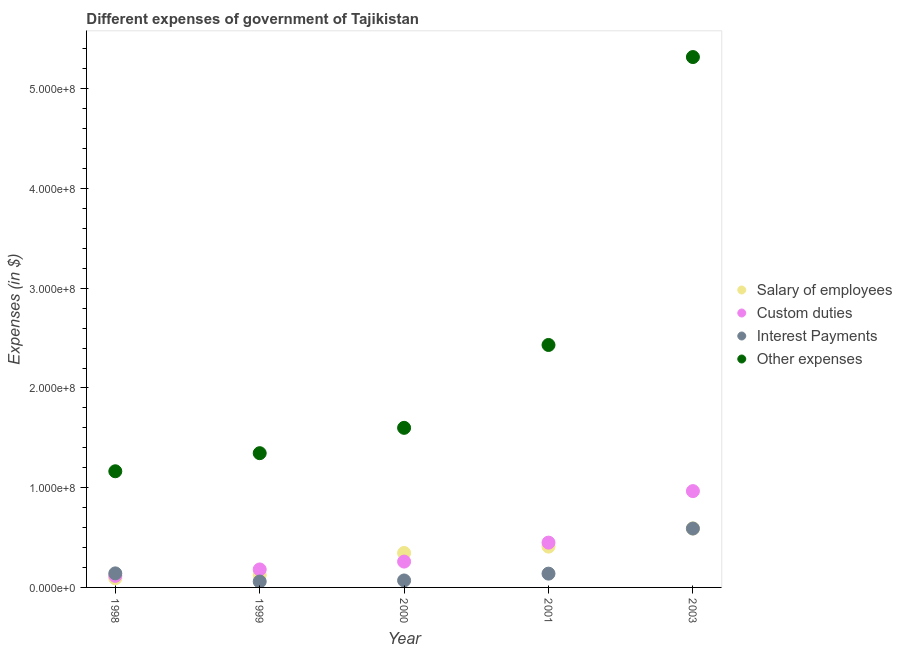
| Year | Salary of employees | Custom duties | Interest Payments | Other expenses |
 | --- | --- | --- | --- | --- |
 | 1998 | 9.12e+06 | 1.16e+07 | 1.41e+07 | 1.16e+08 |
 | 1999 | 1.22e+07 | 1.8e+07 | 5.92e+06 | 1.35e+08 |
 | 2000 | 3.45e+07 | 2.59e+07 | 6.98e+06 | 1.6e+08 |
 | 2001 | 4.09e+07 | 4.49e+07 | 1.38e+07 | 2.43e+08 |
 | 2003 | 5.91e+07 | 9.66e+07 | 5.9e+07 | 5.32e+08 |